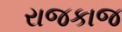
રાજકાજ